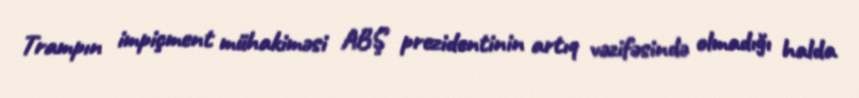
Trampın impiçment mühakiməsi ABŞ prezidentinin artıq vəzifəsində olmadığı halda